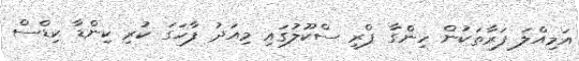
އަމިއްލަ ފަރާތަކުން ހިންގާ ޕްރީ ސްކޫލުގައި މިއަދު ފާހަގަ ކުރި ކިންޑާ ކިޑްސް